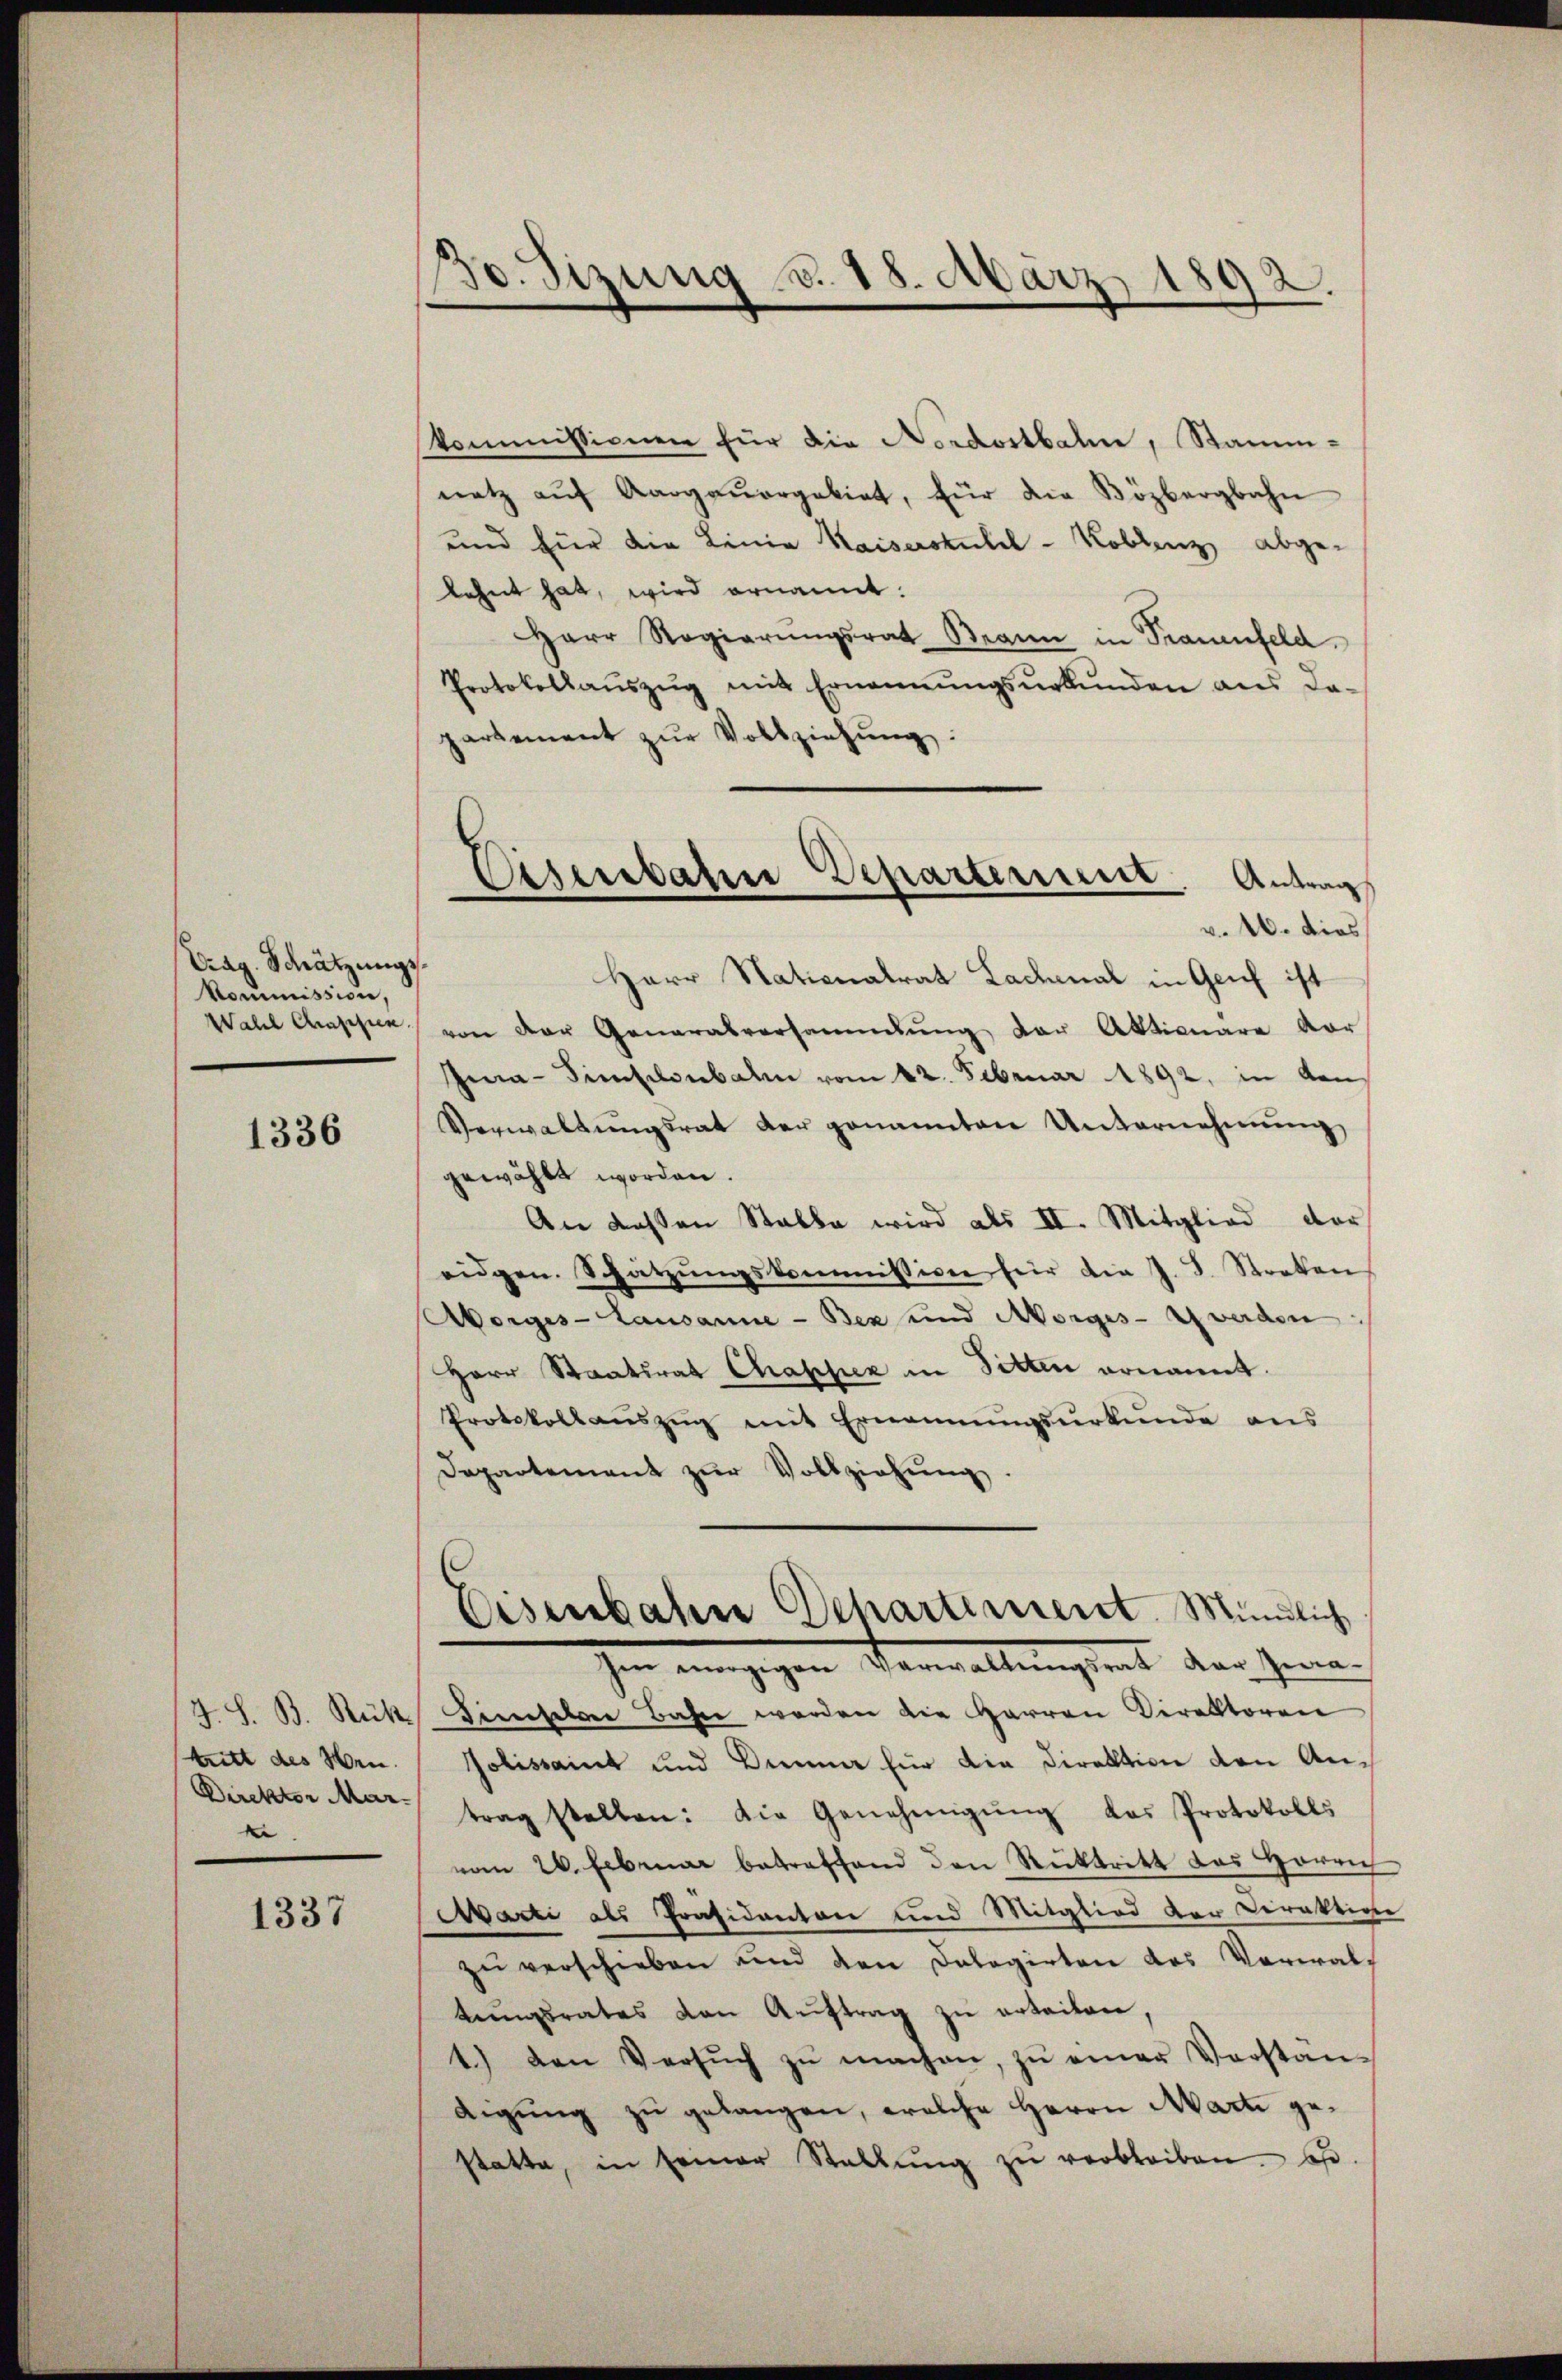
Crag. Schätzungs
Kommission,
Wahl Chassen.

1336

J. S. B. Rück
tritt des Ven.
Direktor Mar-
.

1337

Bo. Sizung d. 18. März 1892.

kommissionen für die Nordostbahn, Stamm-
natz aŭf Aargaŭergebiet, für die Bözbergbahn
und für die Linie Kaiserskulel-Koblenz abgelehnt hat, wird ernannt.
Herr Regierŭngsrat Bann in Trauenfeld.
Protokollaŭszŭg mit Ernennŭngsŭrkŭnden aus da-
partement zŭr Vollziehŭng:
v. 16. dies
Herr Nationalrat Lachmal in Genf ist
von der Generalversammlung der Aktionäre vor
Gia-Simselonbahn vom 12. Februar 1892, in Kon¬
Verwaltŭngsrat der genannten Unternehmung
gewählt worden.
An dessen Stalle wird als II. Mitglied der
eidgen. Schatzŭngskommission für die J. J. Straten
Morges - Lausanne - Bex und Morges-Zwerden
Herr Staatsrat Chapper in Sitten ernannt.
Protokollaŭszŭg mit Ernennungsurkunde aus
Departement zŭr Vollziehung
Eisenbahne Departement. Mündlich
Im einzigen Verwaltungseit der Gene
Zinselbe Bahn werden die Herren Direktoren
Golissait und Dummer für die Direktion den Antrag stellen: Die Genehmigŭng das Protokolls
vom 26. Februar betreffend den Rücktritt des Herrich
Marti als Präsidenton und Mitglied der Direktione
zŭ verschieben und den Delegirten das Verwaltŭngsrates von Aŭftrag zŭ erteilen,
1.) Den Versŭch zŭ machen, zŭ einer Vorstan-
digung zu gelangen, welche Herrn Marti gestatte, in seiner Stallŭng zŭ verbleiben. E

Disenbahre Departement. Antrag